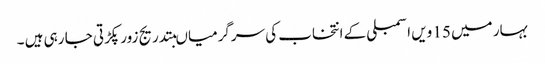
بہار میں 15 ویں اسمبلی کے انتخاب کی سرگرمیاںبتدریج زور پکڑتی جا رہی ہیں ۔